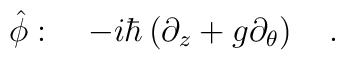
\hat{\phi}:\ \ \ -i\hbar\left(\partial_z+g\partial_\theta\right)\ \ \ .